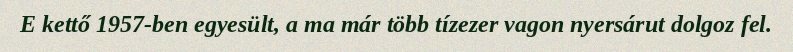
E kettő 1957-ben egyesült, a ma már több tízezer vagon nyersárut dolgoz fel.